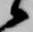
候